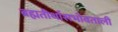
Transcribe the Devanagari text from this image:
ब्रह्मतीर्थासभोवताली